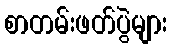
စာတမ်းဖတ်ပွဲများ